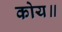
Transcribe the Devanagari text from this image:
कोय॥